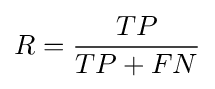
R={\frac {TP}{TP+FN}}